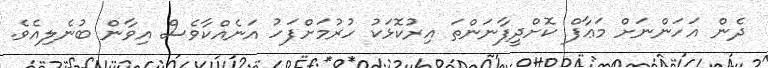
ދެން އަހަންނަށް މަޢާފް ކޮށްދީފާނަންތަ އިރުކޮޅަކު ހުރުމަށްފަހު އަނެއްކާވެސް އިވާން ބުނެލިއެވެ.